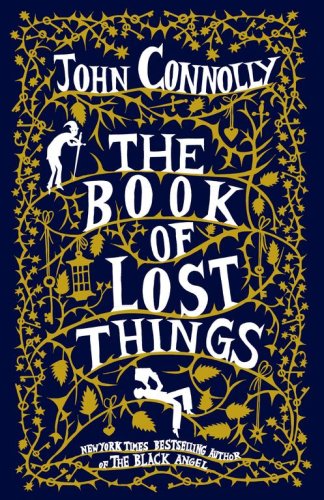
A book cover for The Book of Lost Things: A Novel; John Connolly; Science Fiction & Fantasy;